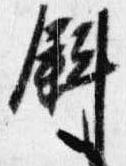
斜